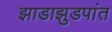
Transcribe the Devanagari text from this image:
झाडाझुडपांत